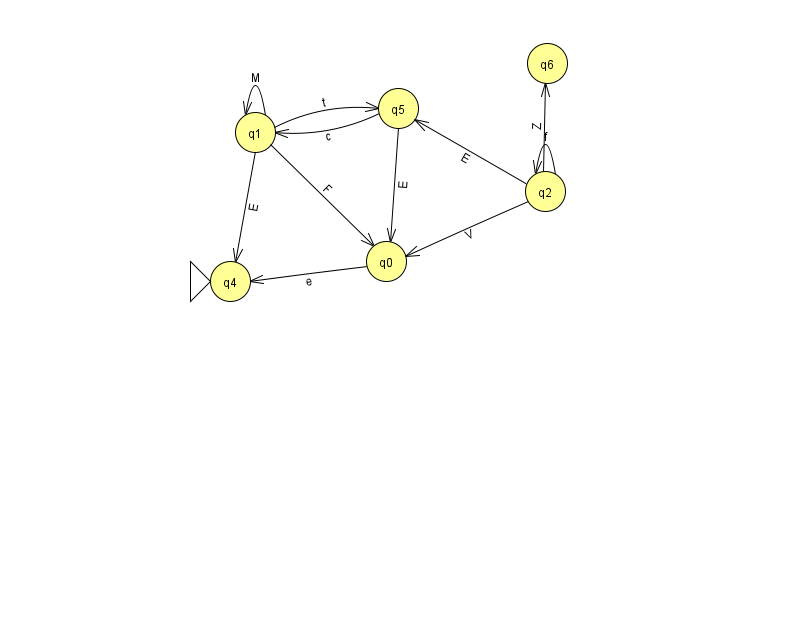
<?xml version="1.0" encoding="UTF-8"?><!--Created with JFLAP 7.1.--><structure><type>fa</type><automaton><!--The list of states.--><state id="0" name="q0"><x>386.0</x><y>248.0</y></state><state id="1" name="q1"><x>255.0</x><y>119.0</y></state><state id="2" name="q2"><x>545.0</x><y>178.0</y></state><state id="4" name="q4"><x>230.0</x><y>268.0</y><initial/></state><state id="5" name="q5"><x>398.0</x><y>95.0</y></state><state id="6" name="q6"><x>547.0</x><y>50.0</y></state><!--The list of transitions.--><transition><from>1</from><to>5</to><read>t</read></transition><transition><from>5</from><to>1</to><read>c</read></transition><transition><from>2</from><to>2</to><read>f</read></transition><transition><from>1</from><to>4</to><read>E</read></transition><transition><from>2</from><to>5</to><read>E</read></transition><transition><from>2</from><to>0</to><read>V</read></transition><transition><from>5</from><to>0</to><read>E</read></transition><transition><from>1</from><to>0</to><read>F</read></transition><transition><from>0</from><to>4</to><read>e</read></transition><transition><from>1</from><to>1</to><read>M</read></transition><transition><from>2</from><to>6</to><read>Z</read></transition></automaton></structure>